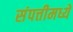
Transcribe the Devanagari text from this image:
संपत्तीमध्ये